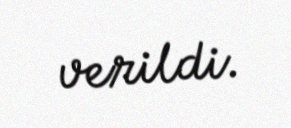
verildi.